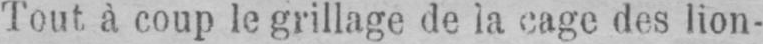
Tout, à coup le grillage de la cage des lion-